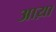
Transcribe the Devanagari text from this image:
आय़ा